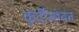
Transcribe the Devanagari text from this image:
कुर्दीसोबत